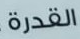
القدرة